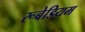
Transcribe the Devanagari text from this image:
रूबेडियम